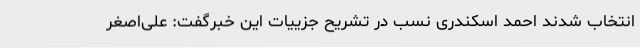
انتخاب شدند احمد اسکندری نسب در تشریح جزییات این خبرگفت: علی‌اصغر